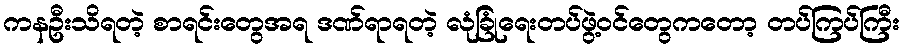
ကနဦးသိရတဲ့ စာရင်းတွေအရ ဒဏ်ရာရတဲ့ လုံခြုံရေးတပ်ဖွဲ့ဝင်တွေကတော့ တပ်ကြပ်ကြီး